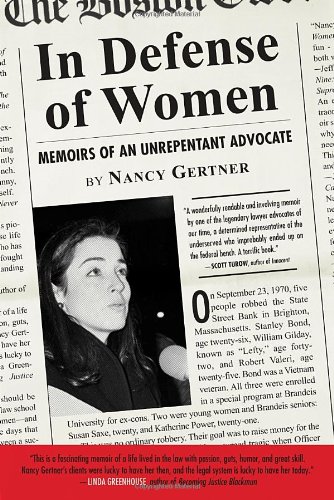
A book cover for In Defense of Women: Memoirs of an Unrepentant Advocate; Nancy Gertner; Law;